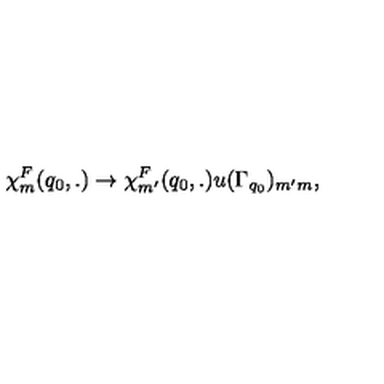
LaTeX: \chi _ { m } ^ { F } ( q _ { 0 } , . ) \rightarrow \chi _ { m ^ { \prime } } ^ { F } ( q _ { 0 } , . ) u ( \Gamma _ { q _ { 0 } } ) _ { m ^ { \prime } m } ,